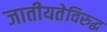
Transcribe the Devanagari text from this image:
जातीयतेविरुद्ध